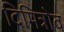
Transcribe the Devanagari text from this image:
दिमित्रोव